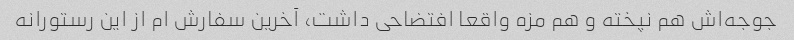
جوجه‌اش هم نپخته و هم مزه واقعا افتضاحی داشت، آخرین سفارش ام از این رستورانه